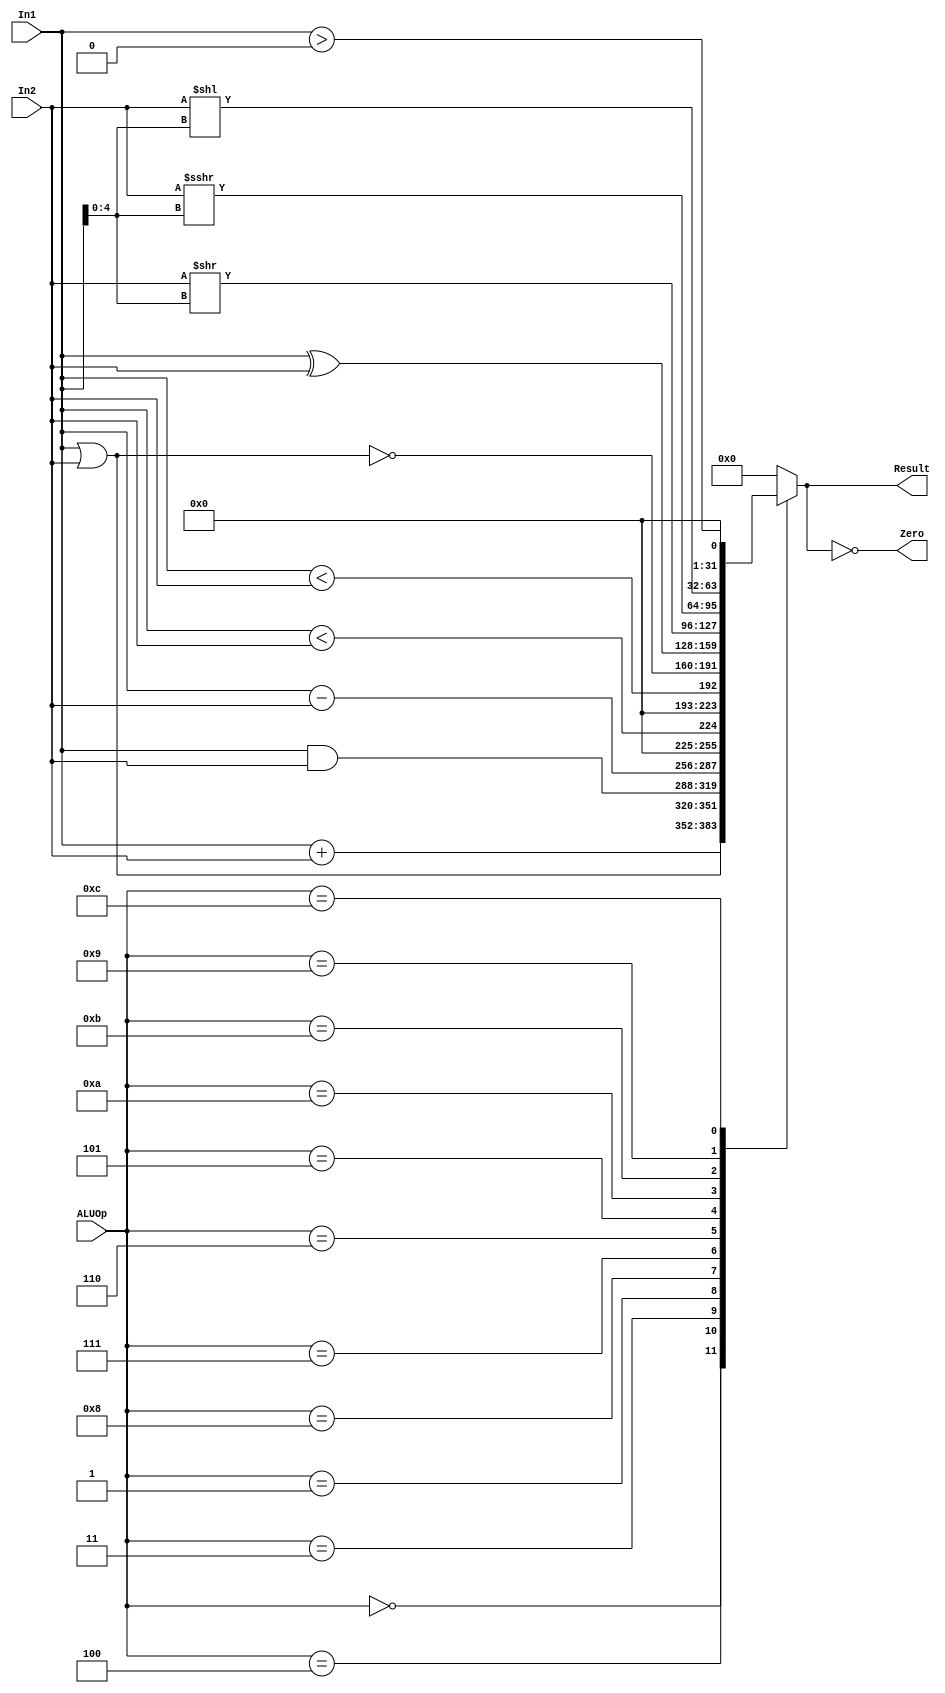
`timescale 1ns / 1ps
//////////////////////////////////////////////////////////////////////////////////
// Class: Experiments on Fundamentals of Digital Logic and Processor
// Designer: Shao Chenyang
// 
// Design Name: PipelineCPU
// Module Name: ALU
// Project Name: Pipeline-cpu
// Target Devices: 
// Tool Versions: Vivado 2017.4
// Description:  ALU module, used for calculation.
// 
// Dependencies: 
// 
// Revision:
// Revision 0.01 - File Created
// Additional Comments:
// 
//////////////////////////////////////////////////////////////////////////////////

module ALU (ALUOp, In1, In2, Result, Zero);

    input [3:0] ALUOp;

    input [31:0] In1;
    input [31:0] In2;

    output reg [31:0] Result;
    output Zero;

    assign Zero = (Result == 0);

    parameter Add      = 4'h0;     // add & addu
    parameter Sub      = 4'h1;     // sub & subu
    parameter And      = 4'h3;     // and
    parameter Or       = 4'h4;     // or
    parameter Xor      = 4'h5;     // xor
    parameter Nor      = 4'h6;     // nor
    parameter Ult      = 4'h7;     // unsigned less than, for SLTU
    parameter Slt      = 4'h8;     // signed less than, for SLT
    parameter Sll      = 4'h9;     // sll
    parameter Srl      = 4'hA;     // srl
    parameter Sra      = 4'hB;     // sra
    parameter Gtz      = 4'hC;     // greater than zero, for bgtz\bltz

    always @(*) 
    begin
      case (ALUOp)
            Add: Result <= In1 + In2;
            Or: Result <= In1 | In2;
            And: Result <= In1 & In2;
            Sub: Result <= In1 - In2;
            Slt: Result <= ($signed(In1) < $signed(In2));  //SLT
            Ult: Result <= (In1 < In2); //SLTU
            Nor: Result <= ~(In1 | In2);    //NOR
            Xor: Result <= In1 ^ In2;       //XOR
            Srl: Result <= (In2 >> In1[4:0]);  //SRL
            Sra: Result <= ($signed(In2)) >>> In1[4:0];  //SRA
            Sll: Result <= (In2 << In1[4:0]);   //SLL
            Gtz: Result <= ($signed(In1) > 0);
            default: Result <= 32'h0;
      endcase
    end   

endmodule